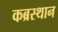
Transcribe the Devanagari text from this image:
कब्रस्थान